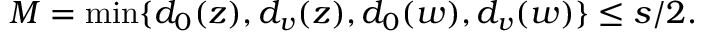
M = \operatorname* { m i n } \{ d _ { 0 } ( z ) , d _ { v } ( z ) , d _ { 0 } ( w ) , d _ { v } ( w ) \} \leq s / 2 .